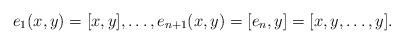
LaTeX: \begin{align*} e_1(x,y)=[x,y],\dots, e_{n+1}(x,y)=[e_n,y]=[x,y,\ldots,y].\end{align*}